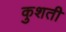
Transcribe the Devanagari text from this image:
कुशती